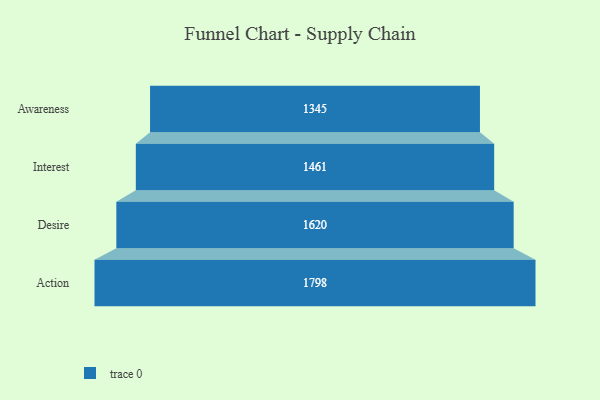
{"axis": {"x": "Stage", "y": "Value"}, "legend": [""], "data": [{"x": "Awareness", "y": 1345.0, "type": ""}, {"x": "Interest", "y": 1461.0, "type": ""}, {"x": "Desire", "y": 1620.0, "type": ""}, {"x": "Action", "y": 1798.0, "type": ""}]}